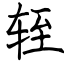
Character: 轾